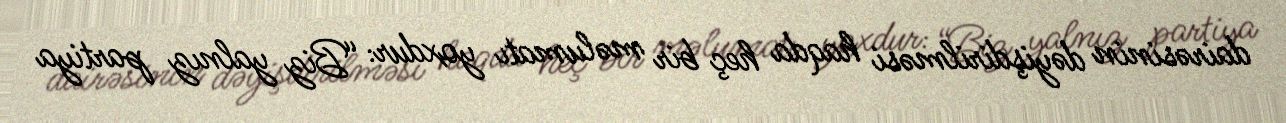
dairəsinin dəyişdirilməsi haqda heç bir məlumatı yoxdur: “Biz yalnız partiya